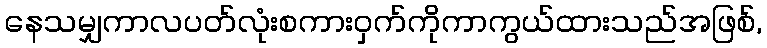
နေသမျှကာလပတ်လုံးစကားဝှက်ကိုကာကွယ်ထားသည်အဖြစ်,